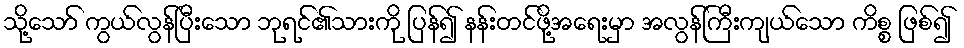
သို့သော် ကွယ်လွန်ပြီးသော ဘုရင်၏သားကို ပြန်၍ နန်းတင်ဖို့အရေးမှာ အလွန်ကြီးကျယ်သော ကိစ္စ ဖြစ်၍